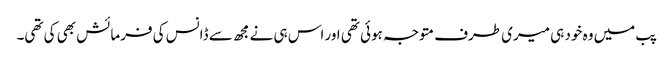
پب میں وہ خود ہی میری طرف متوجہ ہوئی تھی اور اس ہی نے مجھ سے ڈانس کی فرمائش بھی کی تھی۔